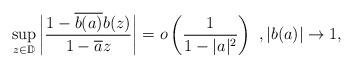
LaTeX: \begin{align*} \sup_{z\in \mathbb{D}}\bigg| \frac{1-\overline{b(a)}b(z)}{1-\overline{a}z}\bigg|=o\left( \frac{1}{1-|a|^2}\right)\ , |b(a)| \to 1,\end{align*}